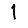
Digit: 1